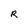
Character: R